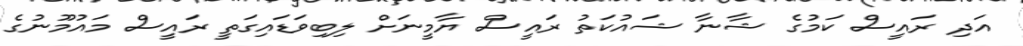
އަދި ރައީސް ކަމުގެ ޝާނާ ޝައުކަތު ރައީސް ޔާމީނަށް ލިބިވަޑައިގަތީ ރައީސް މައުމޫނުގެ